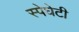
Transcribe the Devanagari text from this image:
स्पेघेटी